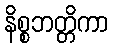
နိစ္စဘတ္တိကာ